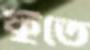
ফুঁতে